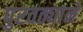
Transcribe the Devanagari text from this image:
पुरवठ्याने